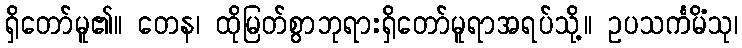
ရှိတော်မူ၏။ တေန၊ ထိုမြတ်စွာဘုရားရှိတော်မူရာအရပ်သို့။ ဥပသင်္ကမိံသု၊